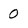
Character: 0